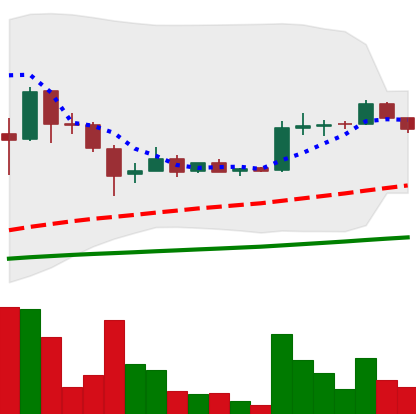
Ticker: LTC-USD
Chart end date: 2015-07-30
Forward return: -4.371%
Label: down_3_5